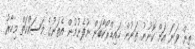
ތިން ވަނަ އަށް ކޮނުނު ތަނުން ހައިޑްރޯކާބަން ނުފެނުމުން އެތަނުގެ މަސައްކަތް މިހާރު